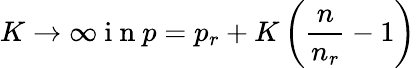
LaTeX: K\to\infty\mathrm{~i~n~}p=p_{r}+K\left(\frac{n}{n_{r}}-1\right)